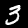
Digit: 3